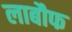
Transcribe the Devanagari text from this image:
लाबौफ